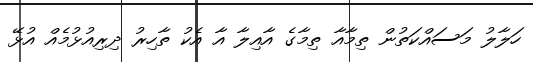
ހަލާލު މަސައްކަތުން ތިމާއާ ތިމާގެ އާއިލާ އާ އެކު ތާހިރު ދިރިއުޅުމެއް އުޅޭ